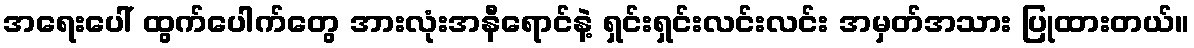
အရေးပေါ် ထွက်ပေါက်တွေ အားလုံးအနီရောင်နဲ့ ရှင်းရှင်းလင်းလင်း အမှတ်အသား ပြုထားတယ်။